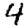
Digit: 4